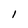
Character: 1